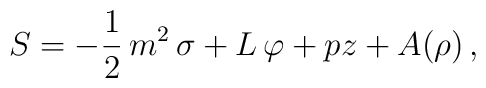
S = - {1\over 2} \,{{m^2}\,\sigma }+  L\,\varphi  + pz+ A(\rho ) \, ,